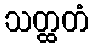
သတ္ထတံ